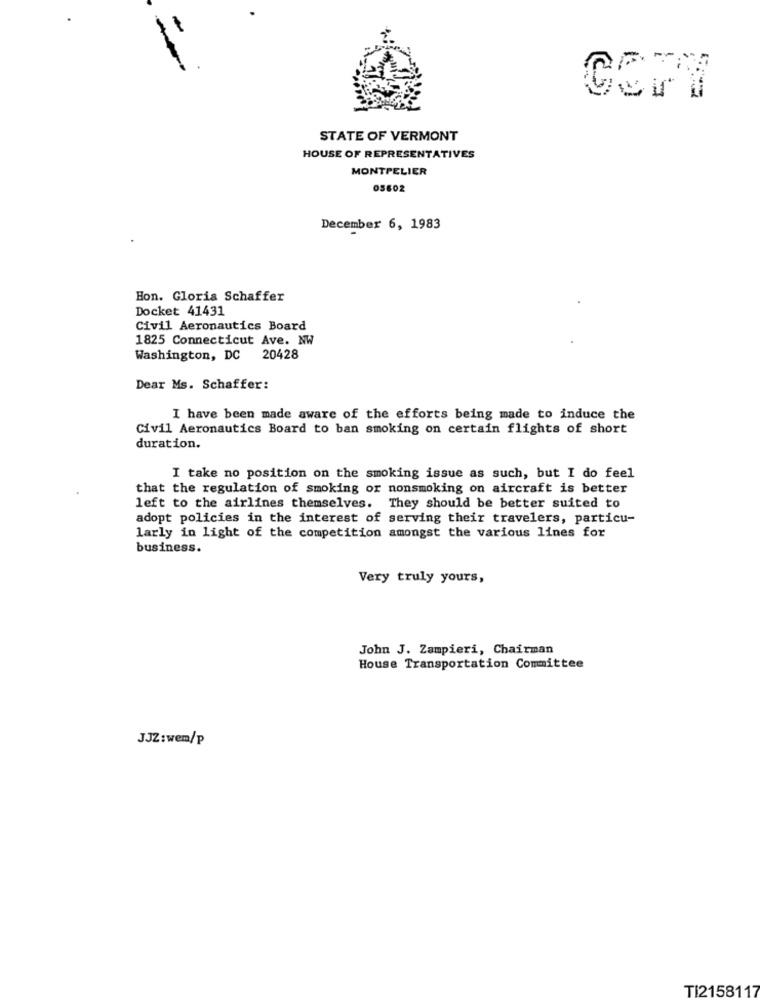
STATE OF VERMONT
HOUSE OF REPRESENTATIVES
MONTPELIER
05602
December 6, 1983
Hon. Gloria Schaffer
Docket 41431
Civil Aeronautics Board
1825 Connecticut Ave. NW
Washington, DC 20428
Dear Ms. Schaffer:
I have been made aware of the efforts being made to induce the
Civil Aeronautics Board to ban smoking on certain flights of short
duration.
I take no position on the smoking issue as such, but I do feel
that the regulation of smoking or nonsmoking on aircraft is better
left to the airlines themselves. They should be better suited to
adopt policies in the interest of serving their travelers, particu-
larly in light of the competition amongst the various lines for
business.
Very truly yours,
John J. Zampieri, Chairman
House Transportation Committee
JJZ:wem/p
TI2158117